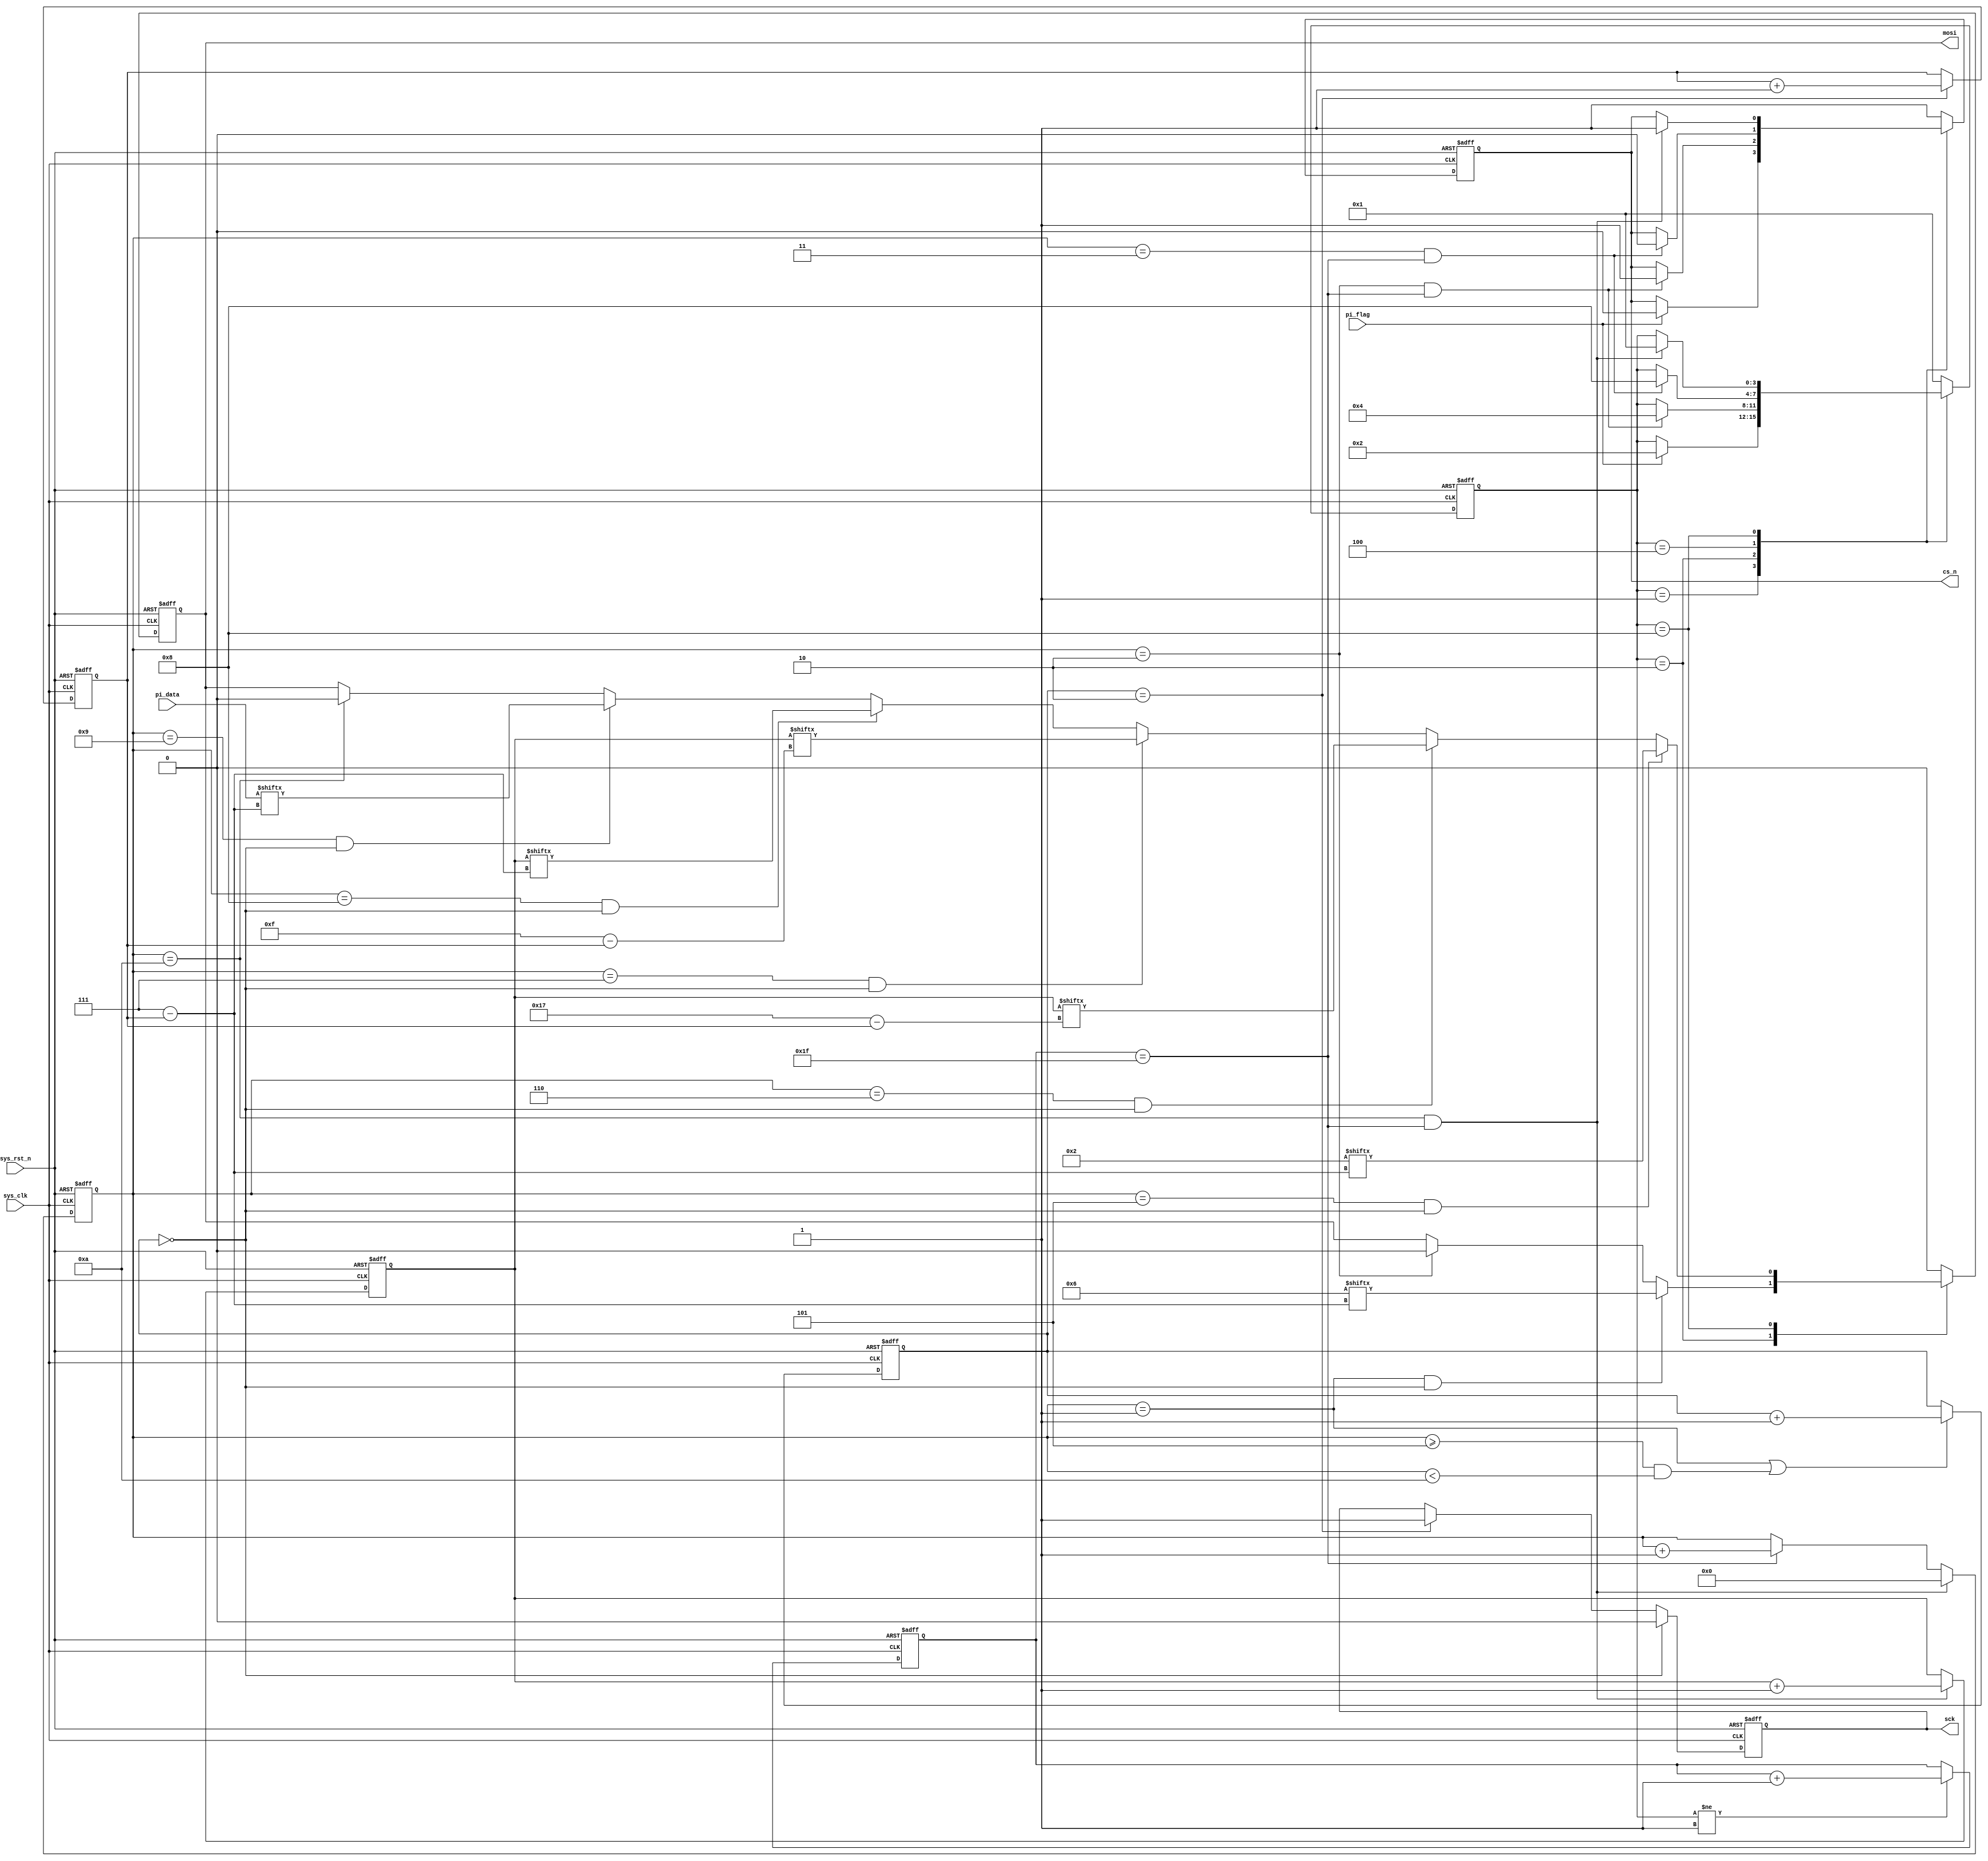
module  flash_seq_wr_ctrl
(
    input   wire            sys_clk     ,
    input   wire            sys_rst_n   ,
    input   wire            pi_flag     ,
    input   wire    [7:0]   pi_data     ,
    
    output  reg             sck         ,
    output  reg             cs_n        ,
    output  reg             mosi        
);



parameter   IDLE    = 4'b0001,
            WR_EN   = 4'b0010,
            DELAY   = 4'b0100,
            PP      = 4'b1000;
            
parameter   WR_IN   = 8'b0000_0110,
            PP_IN   = 8'b0000_0010;
parameter   ADDR        =   24'h00_04_d2;

reg     [4:0]   cnt_clk ;
reg     [3:0]   state   ;
reg     [15:0]  cnt_byte;
reg     [1:0]   cnt_sck ;
reg     [2:0]   cnt_bit;//[4:0]
reg     [23:0]  addr;

always@(posedge sys_clk or negedge sys_rst_n)
    if(sys_rst_n == 1'b0)
        addr <= ADDR;
    else if(cnt_byte == 16'd10 && cnt_clk == 5'd31)
        addr <= addr + 1'b1;

always@(posedge sys_clk or negedge sys_rst_n)
    if(sys_rst_n == 1'b0)
        cnt_clk <= 5'd0;
    else if(state != IDLE)
        cnt_clk <= cnt_clk + 1'b1;

always@(posedge sys_clk or negedge sys_rst_n)
    if(sys_rst_n == 1'b0)
        cnt_byte <= 16'd0;
    else if(cnt_clk == 5'd31 && cnt_byte == 16'd10)
        cnt_byte <= 16'd0;
    else if(cnt_clk == 5'd31)
        cnt_byte <= cnt_byte + 1'b1;

always@(posedge sys_clk or negedge sys_rst_n)
    if(sys_rst_n == 1'b0)
        cnt_sck <= 2'd0;
    else if(cnt_byte == 16'd1 || (cnt_byte >= 16'd5 && cnt_byte < 16'd10))//
        cnt_sck <= cnt_sck + 1'b1;

always@(posedge sys_clk or negedge sys_rst_n)
    if(sys_rst_n == 1'b0)
        cnt_bit <= 3'd0;//5'd0
    else if(cnt_sck == 2'd2)
        cnt_bit <= cnt_bit + 1'b1;
        

always@(posedge sys_clk or negedge sys_rst_n)
    if(sys_rst_n == 1'b0)
        state <= IDLE;
    else
        case(state)
            IDLE  : 
                    if(pi_flag == 1'b1)
                        state <= WR_EN;
            WR_EN : 
                    if(cnt_byte == 16'd2 && cnt_clk == 5'd31)
                        state <= DELAY;
            DELAY : 
                    if(cnt_byte == 16'd3 && cnt_clk == 5'd31)
                        state <= PP;
            PP    : 
                   if(cnt_byte == 16'd10 && cnt_clk == 5'd31)//
                        state <= IDLE;
            default: state <= IDLE;
        endcase

always@(posedge sys_clk or negedge sys_rst_n)
    if(sys_rst_n == 1'b0)
        cs_n <= 1'b1;
    else
        case(state)
            IDLE  :
                    if(pi_flag == 1'b1)
                        cs_n <= 1'b0;
            WR_EN :
                    if(cnt_byte == 16'd2 && cnt_clk == 5'd31)
                        cs_n <= 1'b1;
            DELAY :
                    if(cnt_byte == 16'd3 && cnt_clk == 5'd31)
                        cs_n <= 1'b0;
            PP    :
                    if(cnt_byte == 16'd10 && cnt_clk == 5'd31)//
                        cs_n <= 1'b1;
            default: cs_n <= 1'b1;
        endcase

always@(posedge sys_clk or negedge sys_rst_n)
    if(sys_rst_n == 1'b0)
        mosi <= 1'b0;
    else 
        case(state)
            IDLE  :
                        mosi <= 1'b0;
            WR_EN :
                    if(cnt_byte == 16'd1 && cnt_sck == 2'd0)
                        mosi <= WR_IN[7 - cnt_bit];
                    else if(cnt_byte == 16'd2)
                        mosi <= 1'b0;
            DELAY :
                        mosi <= 1'b0;
            PP    :
                    if(cnt_byte == 16'd5 && cnt_sck == 2'd0)//678 = address
                        mosi <= PP_IN[7 - cnt_bit];
                    else if(cnt_byte == 16'd6 && cnt_sck == 2'd0)
                        mosi <= addr[23 - cnt_bit];
                    else if(cnt_byte == 16'd7 && cnt_sck == 2'd0)
                        mosi <= addr[15 - cnt_bit];
                    else if(cnt_byte == 16'd8 && cnt_sck == 2'd0)
                        mosi <= addr[7 - cnt_bit];
                    else if(cnt_byte == 16'd9 && cnt_sck == 2'd0)// writting data
                        mosi <= pi_data[7 - cnt_bit];
                    else if(cnt_byte == 16'd10)//
                        mosi <= 1'b0;
            default: mosi <= 1'b0;
        endcase

always@(posedge sys_clk or negedge sys_rst_n)
    if(sys_rst_n == 1'b0)
        sck <= 1'b0;
    else if(cnt_sck == 2'd0)
        sck <= 1'b0;
    else if(cnt_sck == 2'd2)
        sck <= 1'b1;
        
endmodule